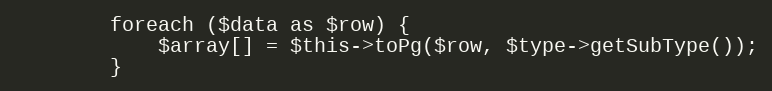
Language: PHP
        foreach ($data as $row) {
            $array[] = $this->toPg($row, $type->getSubType());
        }